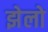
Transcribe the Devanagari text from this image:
झेलो